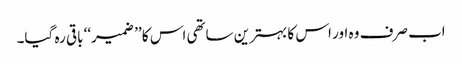
اب صرف وہ اور اس کا بہترین ساتھی اس کا ’’ ضمیر‘‘ باقی رہ گیا۔